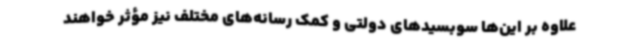
علاوه بر این‌ها سوبسیدهای دولتی و کمک‌ رسانه‌های مختلف نیز مؤثر خواهند